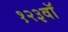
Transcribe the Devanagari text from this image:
१२३वॉ